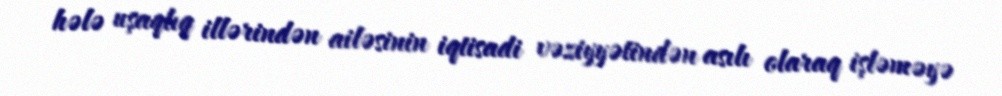
hələ uşaqlıq illərindən ailəsinin iqtisadi vəziyyətindən asılı olaraq işləməyə